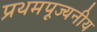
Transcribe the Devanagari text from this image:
प्रथमपूज्यनीय